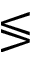
\lessgtr